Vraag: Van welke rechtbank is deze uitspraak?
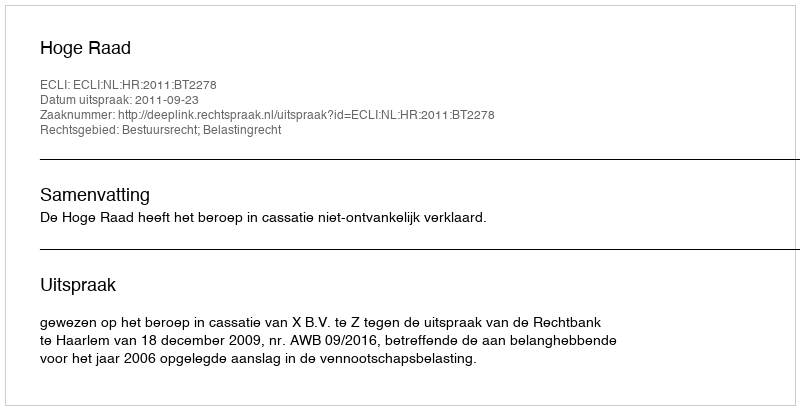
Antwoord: Hoge Raad